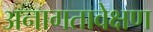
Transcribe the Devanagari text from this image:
अनागतावेक्षण